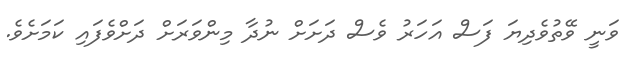
ވަނީ ވޭތުވެދިޔަ ފަސް އަހަރު ވެސް ދަށަށް ނުދާ މިންވަރަށް ދަށްވެފައި ކަމަށެވެ.